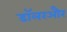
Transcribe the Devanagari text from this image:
डॉलरऔर